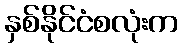
နှစ်နိုင်ငံစလုံးက